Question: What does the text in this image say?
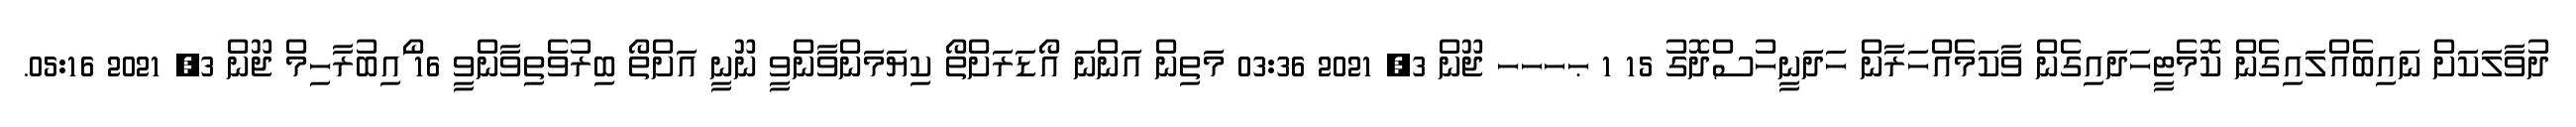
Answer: ދުވާލަކަށް ނައިބެއްލައިގެން ކޮމެޓީހަދައިގެން ވާކަމެއްހަރާން ހަދަނީހުސްދޮގު 15 1 ޙހހހ ޖޫން 3, 2021 03:36 މަތިން އަންނަ އޯޑަރަށްތޯ ކިޔަމަންވާންވީ ނޫނީ އަށްތޯ ބިރުވެތިވާންވީ 16 ޯައިބުރާހިމް ޖޫން 3, 2021 05:16.